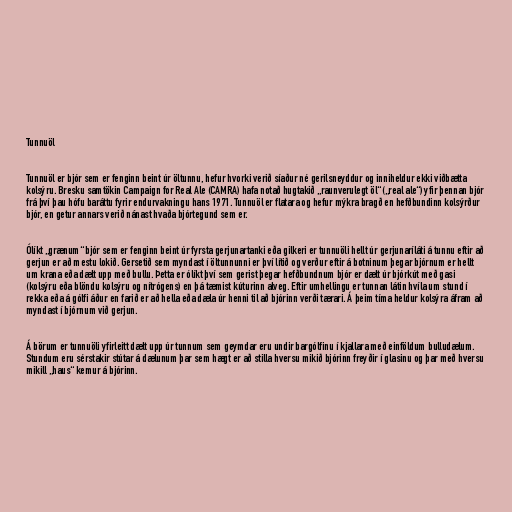
Tunnuöl

Tunnuöl er bjór sem er fenginn beint úr öltunnu, hefur hvorki verið síaður né gerilsneyddur og inniheldur ekki viðbætta
kolsýru. Bresku samtökin Campaign for Real Ale (CAMRA) hafa notað hugtakið „raunverulegt öl“ („real ale“) yfir þennan bjór
frá því þau hófu baráttu fyrir endurvakningu hans 1971. Tunnuöl er flatara og hefur mýkra bragð en hefðbundinn kolsýrður
bjór, en getur annars verið nánast hvaða bjórtegund sem er.

Ólíkt „grænum“ bjór sem er fenginn beint úr fyrsta gerjunartanki eða gilkeri er tunnuöli hellt úr gerjunaríláti á tunnu eftir að
gerjun er að mestu lokið. Gersetið sem myndast í öltunnunni er því lítið og verður eftir á botninum þegar bjórnum er hellt
um krana eða dælt upp með bullu. Þetta er ólíkt því sem gerist þegar hefðbundnum bjór er dælt úr bjórkút með gasi
(kolsýru eða blöndu kolsýru og nítrógens) en þá tæmist kúturinn alveg. Eftir umhellingu er tunnan látin hvíla um stund í
rekka eða á gólfi áður en farið er að hella eða dæla úr henni til að bjórinn verði tærari. Á þeim tíma heldur kolsýra áfram að
myndast í bjórnum við gerjun.

Á börum er tunnuöli yfirleitt dælt upp úr tunnum sem geymdar eru undir bargólfinu í kjallara með einföldum bulludælum.
Stundum eru sérstakir stútar á dælunum þar sem hægt er að stilla hversu mikið bjórinn freyðir í glasinu og þar með hversu
mikill „haus“ kemur á bjórinn.